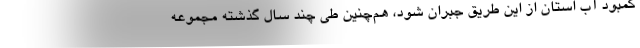
کمبود آب استان از این طریق جبران شود، هم‌چنین طی چند سال گذشته مجموعه